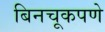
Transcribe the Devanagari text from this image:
बिनचूकपणे